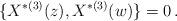
LaTeX: \begin{align*}\{ X^{*(3)}(z), X^{*(3)}(w)\} = 0\,.\end{align*}